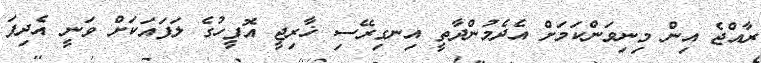
ރާއްޖެ އިން މިނިވަންކަމަށް އެދެމުންދާތީ އިނގިރޭސި ޚާރިޖީ އޮފީހުގެ ލަފައަކަށް ވަނީ އެދިފަ